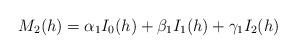
LaTeX: \begin{align*}M_2(h) = \alpha_1I_0(h)+\beta_1I_1(h)+\gamma_1I_2(h)\end{align*}